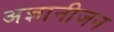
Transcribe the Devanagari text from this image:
अज्ञानीजन